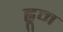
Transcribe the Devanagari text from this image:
ह्नूम